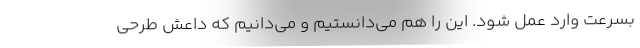
بسرعت وارد عمل شود. این را هم می‌دانستیم و می‌دانیم که داعش طرحی